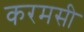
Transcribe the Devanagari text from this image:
करमसी